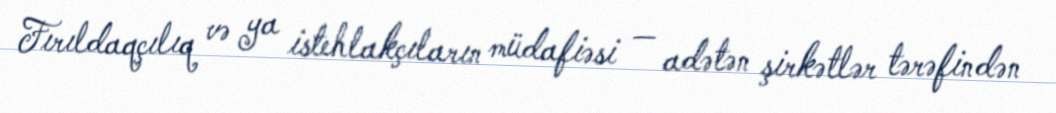
Fırıldaqçılıq və ya istehlakçıların müdafiəsi — adətən şirkətlər tərəfindən